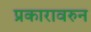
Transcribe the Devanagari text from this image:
प्रकारावरुन